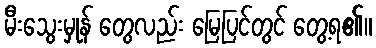
မီးသွေးမှုန် တွေလည်း မြေပြင်တွင် တွေ့ရ၏။